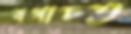
বগাচত